system: You are a helpful assistant.
user:
Analyze the provided spectrum to determine if it is a **Carbon Star (C-type)**.

- **Key Visual Indicators of Carbon Star:**
    - **(Primary):** Strong molecular absorption from **C₂ (diatomic carbon) "Swan Bands."** This is the **defining feature** of a carbon star.
        - **(Key Bandheads):** Sharp absorption edges are visible at approximately $5635$ Å, $5165$ Å (the strongest band), and $4737$ Å.
        - **(Line Profile):** Creates a distinct **"saw-tooth"** pattern. The key morphology is a sharp, steep bandhead on the **red (long-wavelength) side**, which then gradually tapers off (i.e., flux recovers) towards the **blue (short-wavelength) side**. *(This is the direct opposite of the TiO bands seen in M-type stars)*.

    - **(Secondary):** Intense **CN (cyanogen)** molecular absorption bands.
        - **(Key Bandheads):** Located in the blue and violet regions of the spectrum (e.g., near $4215$ Å and $3883$ Å).
        - **(Morphology):** These bands are extremely broad and act as a "blanket," absorbing the vast majority of blue and violet light. This creates a characteristic **"cliff"** or **"steep drop-off"** in the spectrum's flux at short wavelengths.

    - **(Key Confirmation):** Strong **CH absorption band (G-band)**.
        - **(Key Bandhead):** Located around $4300$ Å. The contribution from CH molecules to this band is exceptionally strong.

    - **(Overall Spectrum):**
        - The continuum is severely "chopped up" by these deep molecular bands, especially C₂, rather than appearing as a smooth curve.
        - Due to the heavy CN and C₂ absorption in the blue-green, the vast majority of the star's flux is concentrated in the red part of the spectrum, giving the star its characteristic deep red color.

Think first, call **spectral_visualization_tool** if needed to examine features in detail, then provide your final answer. Your response must adhere to the following strict rules:
1.  **Overall Structure:** Your response must follow the format `<think>...</think> <tool_call>...</tool_call> (if a tool is used) <answer>...</answer>`.
2.  **Tool Usage Constraint:** You may only make **one** tool call per turn.
3.  **Final Answer Format:** In the `<answer>` tag, your conclusion must be inside a `\boxed{}` command (e.g., `\boxed{YES}`), followed by your justification.

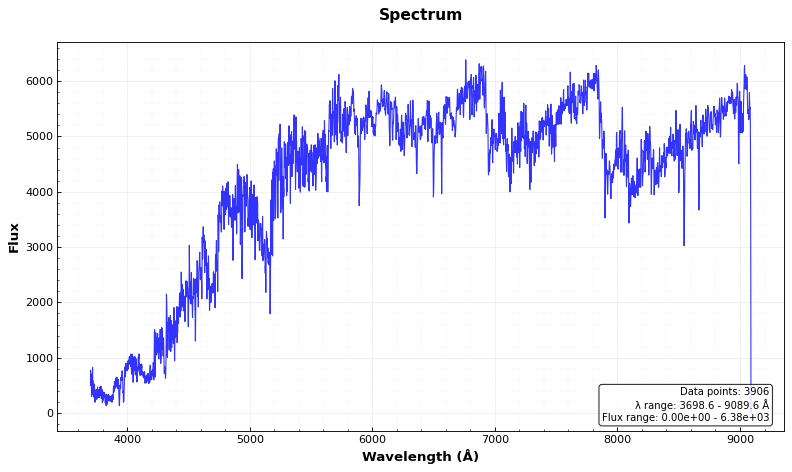
Answer: YES